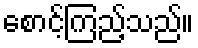
စောင့်ကြည့်သည်။